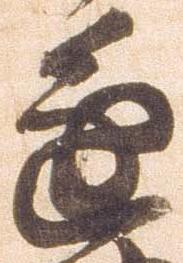
進